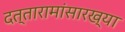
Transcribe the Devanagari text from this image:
दत्तारामांसारख्या